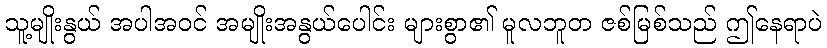
သူ့မျိုးနွယ် အပါအဝင် အမျိုးအနွယ်ပေါင်း များစွာ၏ မူလဘူတ ဇစ်မြစ်သည် ဤနေရာပဲ